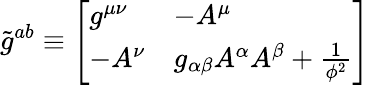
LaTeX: {\widetilde{g}}^{ab}\equiv{\left[\begin{array}{ll}{g^{\mu\nu}}&{-A^{\mu}}\\ {-A^{\nu}}&{g_{\alpha\beta}A^{\alpha}A^{\beta}+{\frac{1}{\phi^{2}}}}\end{array}\right]}